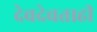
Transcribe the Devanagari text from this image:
देवदेवताही